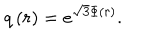
q \left( r \right) = e ^ { \sqrt { 3 } \Phi \left( r \right) } .